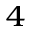
^ { 4 }